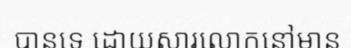
បានទេ ដោយសារលោកនៅមាន